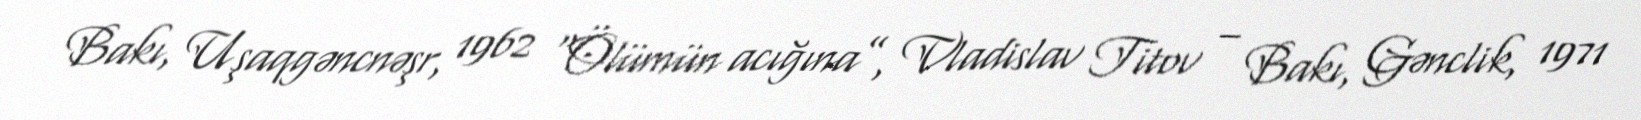
Bakı, Uşaqgəncnəşr, 1962 “Ölümün acığına”, Vladislav Titov – Bakı, Gənclik, 1971